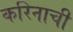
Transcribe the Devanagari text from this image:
करिनाची